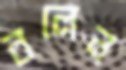
বলেন